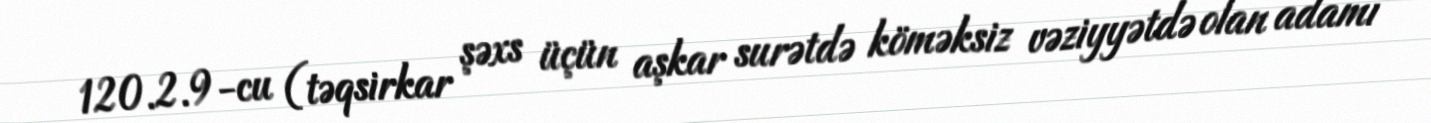
120.2.9-cu (təqsirkar şəxs üçün aşkar surətdə köməksiz vəziyyətdə olan adamı